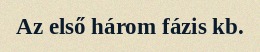
Az első három fázis kb.